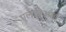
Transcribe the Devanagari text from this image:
एलडीआई